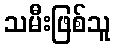
သမီးဖြစ်သူ